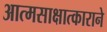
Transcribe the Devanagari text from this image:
आत्मसाक्षात्काराने